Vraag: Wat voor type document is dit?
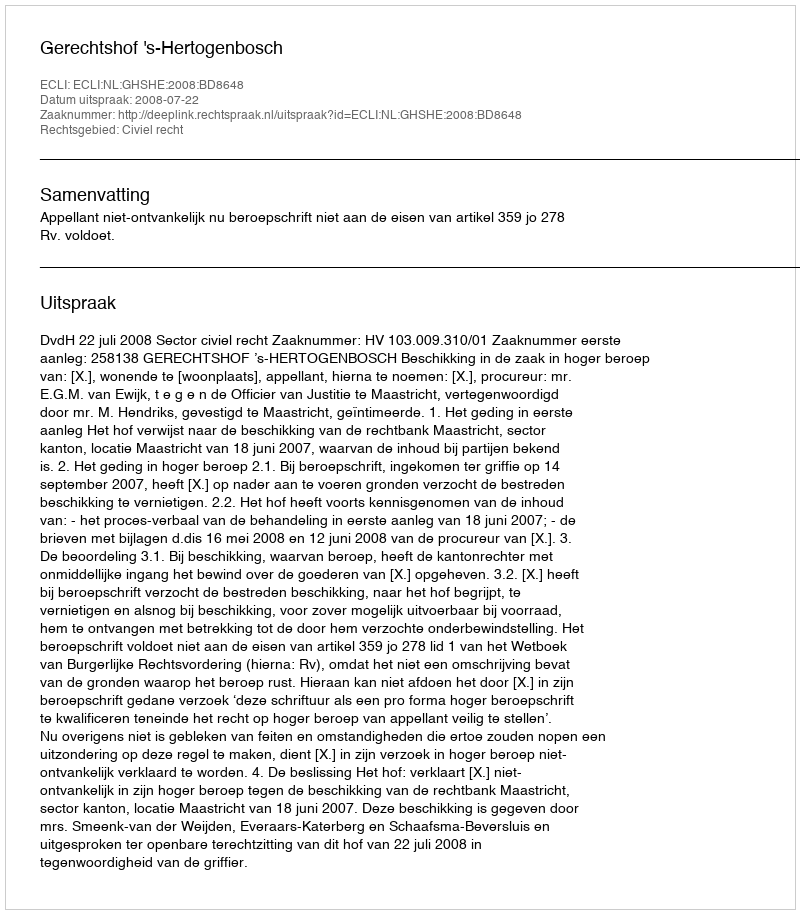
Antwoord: Uitspraak